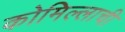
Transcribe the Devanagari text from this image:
कोमिल्लाची